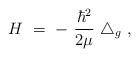
\begin{align*}H \ = \ - \ \frac{\hbar^2}{2\mu} \ \triangle_g \ ,\end{align*}